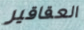
العقاقير